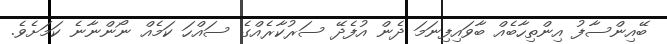
ބޭއިންސާފު އިންތިހާބެއް ބާވައިފިނަމަ ދެން އުފެދޭ ސަރުކާރެއްގެ ސައްހަ ކަމެއް ނޯންނާނެ ކަމަށެވެ.